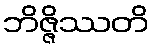
ဘိဇ္ဇိဿတိ